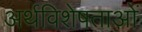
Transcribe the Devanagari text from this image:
अर्थविशेषताओं